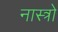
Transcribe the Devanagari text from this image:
नास्त्रो